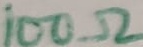
Text: 100Ω